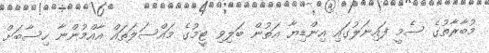
މުބާރާތުގެ ސެމީ ފައިނަލުގައި އިންޑިޔާ އަތުން ބަލިވި ޓީމުގެ މައްސަލަތައް އާއްމުންނާ ހިސާބަށް